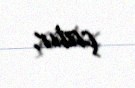
çatır.